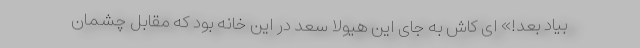
بیاد بعد!» ای کاش به جای این هیولا سعد در این خانه بود که مقابل چشمان